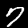
Label: 7